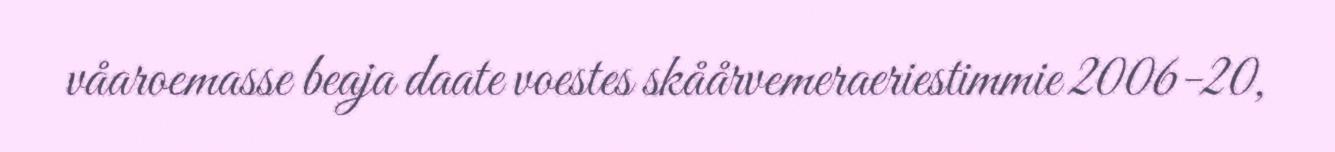
våaroemasse beaja daate voestes skåårvemeraeriestimmie 2006-20,